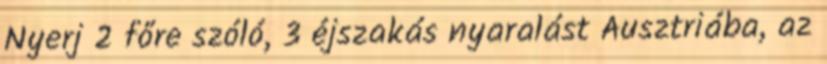
Nyerj 2 főre szóló, 3 éjszakás nyaralást Ausztriába, az